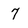
Character: 7